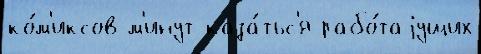
ко́м'иксов м'инут каза́тьс'я рабо́таjущих